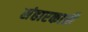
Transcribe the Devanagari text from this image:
संहारकारी